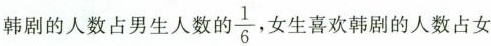
韩剧的人数占男生人数的 \frac{1}{6} ，女生喜欢韩剧的人数占女